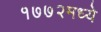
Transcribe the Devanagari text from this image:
१७७२मध्ये